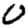
Digit: 0